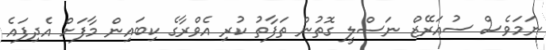
ނަމަވެސް ސުއަރޭޒް ނަސްލީ ގޮތުން ތަފާތު ކުރި އެވްރާގެ ކިބައިން މާފަށް އެދިފައެ